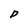
Character: P